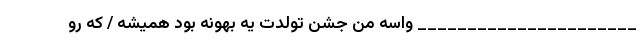
______________________ واسه من جشن تولدت یه بهونه بود همیشه / که رو